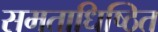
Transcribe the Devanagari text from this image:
समताधिष्ठित